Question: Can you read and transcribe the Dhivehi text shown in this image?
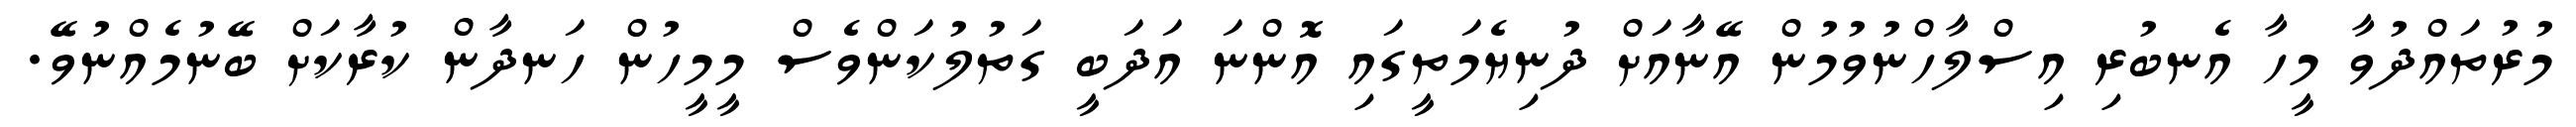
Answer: މުރުތައްދުވާ މީހާ އެނބުރި އިސްލާހްނުވުމުން އޭނާއަށް ދުނިޔެމަތީގައި އޮންނަ އަދަބީ ގަތުލުކަންވެސް މީމީހުން ހަނދާން ކުރާކަށް ބޭނުމެއްނުވޭ.